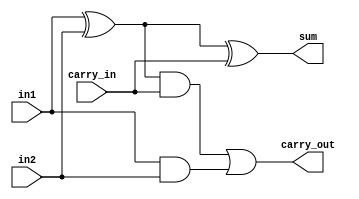
module OneBitAdder(input in1, in2, carry_in, output sum, carry_out);
    // Boolean Equation for Full Adder
    assign in1_xor_in2 = in1 ^ in2;
    assign in1_and_in2 = in1 & in2;
    assign sum = in1_xor_in2 ^ carry_in;
    assign carry_out = (in1_xor_in2 & carry_in) | (in1_and_in2);
endmodule